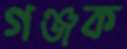
গঞ্জক